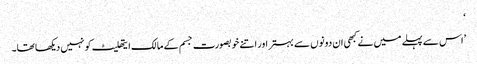
‘
’اس سے پہلے میں نے کبھی ان دونوں سے بہتر اور اتنے خوبصورت جسم کے مالک ایتھلیٹ کو نہیں دیکھا تھا۔